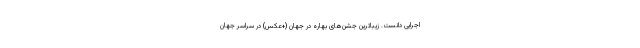
اجرایی دانست. زیباترین جشن‌های بهاره در جهان (+عکس) در سراسر جهان